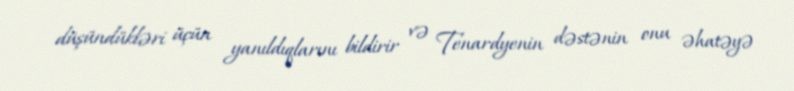
düşündükləri üçün yanıldıqlarını bildirir və Tenardyenin dəstənin onu əhatəyə